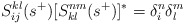
\begin{align*}S^{kl}_{ij}(s^{+})[S^{nm}_{kl}(s^{+})]^{*}=\delta_{i}^{n}\delta_{l}^{m}\end{align*}